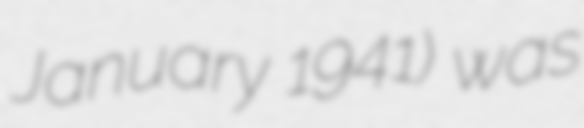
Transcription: January 1941) was